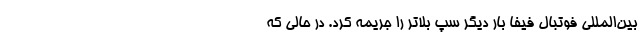
بین‌المللی فوتبال فیفا بار دیگر سپ بلاتر را جریمه کرد. در حالی که